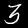
Label: 3